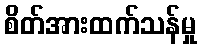
စိတ်အားထက်သန်မှု